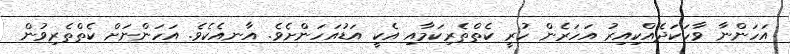
އަހަންނާ ވާހަކަދެއްކިއިރު އަހަރެން ހުރީ ކެތްތެރިކަމާއި އެކީ އަޑުއަހަންށެވެ. އާނއެކެވެ. އަހަންނަށް ކެތްތެރިވުން